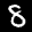
Label: 8